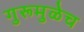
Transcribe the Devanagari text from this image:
गुरूमुळेच